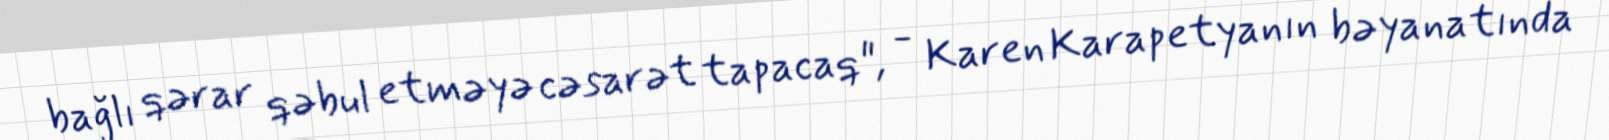
bağlı qərar qəbul etməyə cəsarət tapacaq", - Karen Karapetyanın bəyanatında